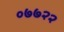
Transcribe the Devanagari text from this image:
०७७२२